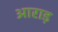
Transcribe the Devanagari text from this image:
आराड़